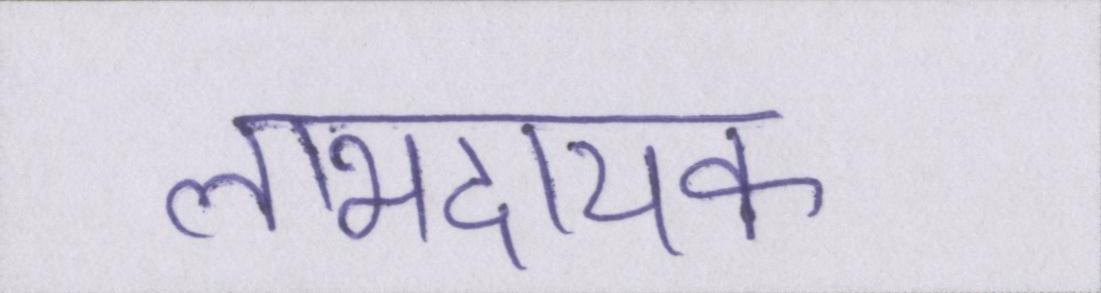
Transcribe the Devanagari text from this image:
लाभदायक